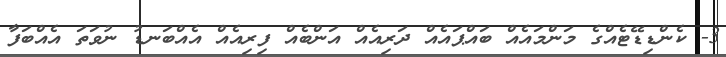
3- ކެންޑިޑޭޓެއްގެ މަންމައެއް ބައްޕައެއް ދަރިއެއް އަންބެއް ފިރިއެއް އެއްބަނޑު ނުވަތަ އެއްބަފާ